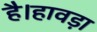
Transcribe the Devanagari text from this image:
है।हावड़ा